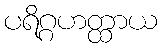
ပရိဂ္ဂဟတ္ထာယ